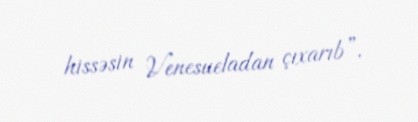
hissəsin Venesueladan çıxarıb”.